Lunatic asylums United Provinces 1899-1908 - 1899-1908
Year: 1899
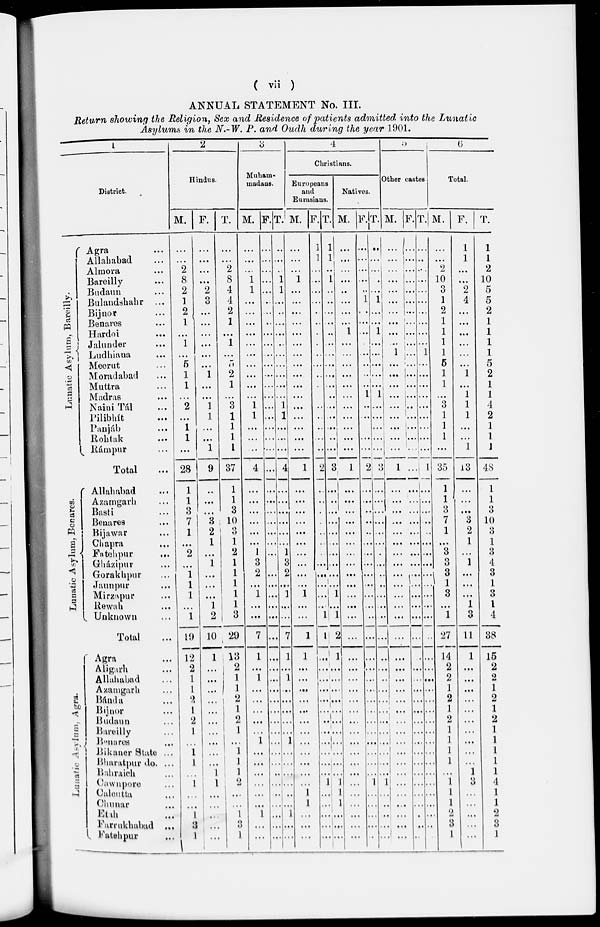
( vii )
ANNUAL STATEMENT No. III.
Return showing the Religion, Sex and Residence of patients admitted into the Lunatic
Asylums in the N.-W. P. and Oudh during the year 1901.
1
District.
Lunatic Asylum, Bareilly.
Lunatic Asylum, Benar es .
Lunat i
c As yl um, Agra.
Agra ...
Allahabad ...
Almora ...
Bareilly ...
Budaun ...
Bulandshahr ...
Bijnor ...
Benares ...
Hardoi ...
Jalunder ...
Ludhiaua ...
Meerut ...
Moradabad ...
Muttra ...
Madras ...
Naini Tál ...
Pilibhít ...
Panjáb ...
Rohtak ...
Rámpur ...
Total ...
Allahabad ...
Azamgarh ...
Basti ...
Benares ...
Bijawar ...
Chapra ...
Fatehpur
...
Gházipur ...
Gorakhpur ...
Jaunpur ...
Mirzapur ...
Rewah ...
Unknown ...
Total ...
Agra ...
Aligarh ...
Allahabad ...
Azamgarh ...
Bánda ...
Bijnor ...
Budaun ...
Bareilly ...
Benares ...
Bikaner State ...
Bharatpur do. ...
Bahraich ...
Cawnpore ...
Calcutta ...
Chunar ...
Etah ...
Farrukhabad ...
Fatehpur ...
2
Hindus.
M.
...
...
2
8
2
1
2
1
...
1
...
5
1
1
...
2
...
1
1
...
28
1
1
3
7
1
...
2
...
1
1
1
...
1
19
12
2
1
1
2
1
2
1
...
1
1
...
1
...
...
1
3
1
F.
...
...
...
...
2
3
...
...
...
...
...
...
1
...
...
1
1
...
...
1
9
..
...
...
3
2
1
...
1
...
...
...
1
2
10
1
...
...
...
...
...
...
...
...
...
...
1
1
...
...
. ...
...
T.
...
...
2
8
4
4
2
1
...
1
...
5
2
1
...
3
1
1
1
1
37
1
1
3
10
3
1
2
1
1
1
1
1
3
29
13
2
1
1
2
1
2
1
...
1
1
1
2
...
...
1
3
1
3
Muham-
madans.
M.
...
...
...
1
1
...
...
...
...
...
...
...
...
...
...
1
1
...
...
..
4
...
...
...
...
...
...
1
3
2
... 1
...
...
7
1
...
1
...
...
...
...
...
1
...
...
...
...
...
...
1
...
...
F.
...
...
...
...
...
...
...
...
...
...
...
...
...
...
...
...
...
...
...
...
..
...
...
...
...
...
...
...
...
...
...
...
...
...
...
...
...
...
...
...
...
...
...
...
...
...
...
...
...
...
...
...
...
T.
...
...
...
1
1
...
...
...
...
..
...
...
...
...
...
1
1
...
...
...
4
...
...
...
...
...
...
1
3
2
1
...
...
...
7
1
...
1
...
...
...
...
...
1
...
...
...
...
...
...
...
...
...
4
Christians.
Europeans
and
Eurasians.
M.
...
...
...
1
...
...
...
...
...
...
...
...
...
...
...
...
...
...
...
...
1
...
...
...
...
...
...
...
...
...
1 ...
...
...
1
1
...
...
...
...
...
...
...
...
...
...
...
...
1
1
1
...
...
F.
1
1
...
...
...
...
...
...
.
.
...
...
...
.
...
...
..
.
...
...
2
..
...
.
...
...
...
...
...
...
...
...
...
...
1
...
...
...
...
...
...
...
...
...
...
...
...
1
...
...
...
...
...
T.
1
1
...
1
...
...
...
...
...
..
...
...
...
...
..
...
...
...
...
...
3
...
...
...
...
...
...
...
...
...
1 ...
...
1
2
1
...
...
...
...
...
...
...
...
...
...
...
1
1
1
...
...
...
Natives.
M.
...
...
...
...
..
...
...
...
1
...
...
...
...
...
...
...
...
...
...
...
1
...
...
...
...
...
...
...
...
...
...
...
...
1 ..
..
...
...
...
...
...
...
...
...
...
...
...
...
...
...
...
...
...
...
F.
...
...
...
...
...
1
...
...
...
...
...
..
...
...
1
...
...
...
...
...
2
...
...
...
...
...
...
...
...
...
...
...
...
...
...
...
...
...
...
...
...
...
...
...
...
...
...
1
...
...
...
...
.
T.
...
...
...
...
...
1
...
...
1
...
...
...
...
...
1
...
...
...
...
...
3
...
...
...
...
...
...
...
...
...
...
...
...
. ..
...
...
...
...
...
...
...
...
...
...
...
...
...
1
...
...
...
...
...
5
Other castes
M.
...
...
...
...
...
...
...
...
...
...
1
...
...
...
...
...
...
...
...
...
1
...
...
...
...
...
...
...
...
...
...
...
...
...
...
...
...
...
...
...
...
...
...
...
...
...
...
...
...
...
...
...
...
F.
...
...
...
...
...
...
...
...
...
...
...
...
...
...
...
...
...
...
...
...
...
...
...
...
...
...
...
...
...
...
...
...
...
..
...
...
...
...
...
...
...
...
...
...
...
...
...
...
...
...
...
...
...
T.
...
...
...
...
...
...
...
...
...
...
1
...
...
...
...
...
...
...
...
...
1
1
...
...
...
...
...
...
...
...
...
...
...
...
...
...
...
...
...
...
...
...
...
...
...
...
...
...
...
...
...
...
...
6
Total.
M.
...
...
2
10
3
1
2
1
1
1
1
5
1
1
...
3
1
1
1
...
35
1
1
3
7
1
...
3
3
3
1 3
...
1
27
14
2
2
1
2
1
2
1
1
1
1
...
1
1
1
2
3
1
F.
1
1
...
...
2
4
...
...
...
...
...
...
1
...
1
1
1
...
...
1
43
...
...
...
3
2
1
...
1
...
...
...
1
3
11
1
...
...
...
...
...
...
...
...
...
...
1
3
...
...
...
...
...
T.
1
1
2
10
5
5
2
1
1
1
1
5
2
1
1
4
2
1
1
1
48
1
1
3
10
3
1
3
4
3
1
3
1
4
38
15
2
2
1
2
1
2
1
1
1
1
1
4
1
1
2
3
1